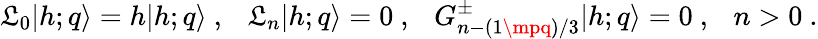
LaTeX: \mathfrak{L}_{0}\vert{h;q}\rangle=h\vert{h;q}\rangle{}~,{}~{}~{}~\mathfrak{L}_{n}\vert{h;q}\rangle=0{}~,{}~{}~{}~G_{n-(1\mpq)/3}^{\pm}\vert{h;q}\rangle=0{}~,{}~{}~{}~n>0{}~.